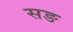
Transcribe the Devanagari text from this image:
सङ